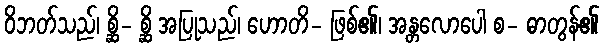
ဝိဘတ်သည်၊ စ္ဆိ- စ္ဆိ အပြုသည်၊ ဟောတိ- ဖြစ်၏၊ အန္တလောပေါ စ- ဓာတွန်၏